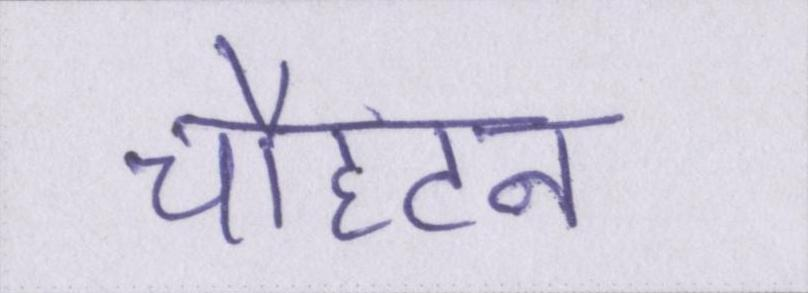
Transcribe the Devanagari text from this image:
चौहटन